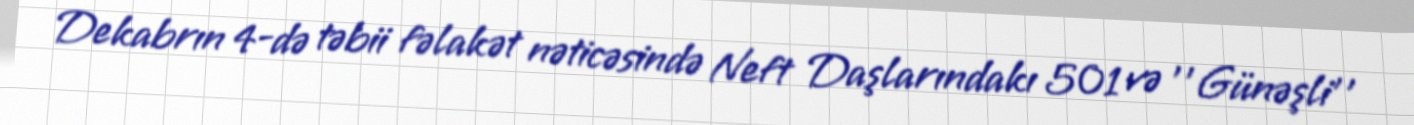
Dekabrın 4-də təbii fəlakət nəticəsində Neft Daşlarındakı 501 və ''Günəşli''